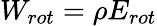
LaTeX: W_{rot}=\rho E_{rot}